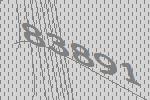
83891